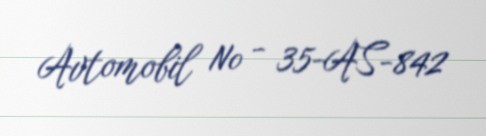
Avtomobil № - 35-AS-842